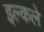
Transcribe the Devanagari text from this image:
इल्कले